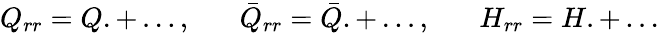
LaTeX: Q_{rr}=Q.+\ldots,\; \; \; \; \; \; \bar{Q}_{rr}=\bar{Q}.+\ldots,\; \; \; \; \; \; H_{rr}=H.+\ldots